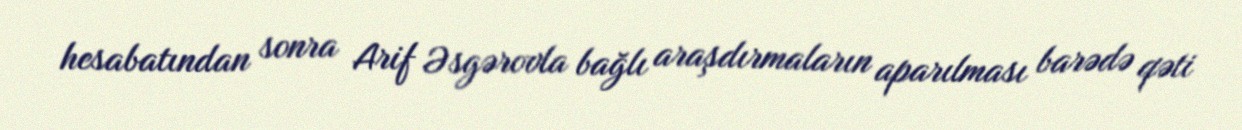
hesabatından sonra Arif Əsgərovla bağlı araşdırmaların aparılması barədə qəti